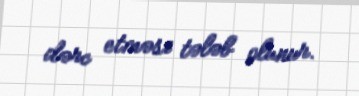
dərc etməsi tələb olunur.